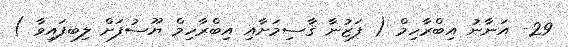
29- އަނާނު އިބްރާހިމް ( ފަޒުނާ ޤާސިމަށާއި އިބްރާހިމް ޔޫސުފަށް ލިބފައިވާ )